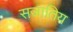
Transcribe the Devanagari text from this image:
सजातिय